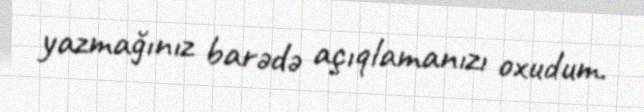
yazmağınız barədə açıqlamanızı oxudum.